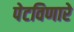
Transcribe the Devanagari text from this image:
पेटविणारे